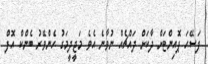
ފަސޭހަ ޕޮއިންޓަށް ދާކަށް ދައްޗެއް ނުވާނެ އެވެ މަޖީދީމަގު ހެންވޭރު ބެންކް އޮފް